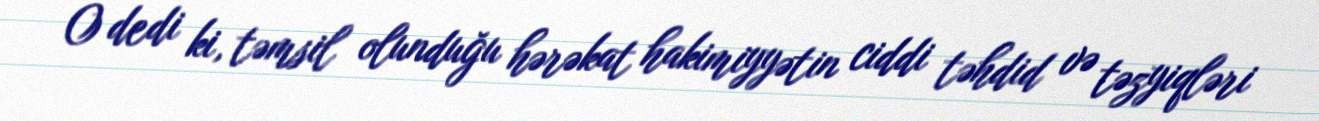
O dedi ki, təmsil olunduğu hərəkat hakimiyyətin ciddi təhdid və təzyiqləri